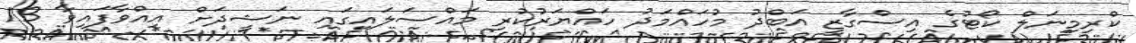
ކްރިމިނަލް ކޯޓުގެ އިސްގާޒީ އަބްދު މުހައްމަދު ހައްޔަރުކުރި މައްސަލައިގައި ނަޝީދަށް އިއްވާފައިވާ 13